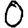
Digit: 0